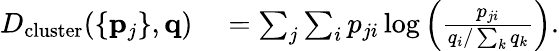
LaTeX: \begin{array}{rl}{D_{\mathrm{cluster}}(\{ \mathbf{p}_{j}\} ,\mathbf{q})}&{{}=\sum_{j}\sum_{i}p_{ji}\log\left(\frac{p_{ji}}{q_{i}/\sum_{k}q_{k}}\right).}\end{array}